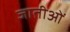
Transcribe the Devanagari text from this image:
जातीओं